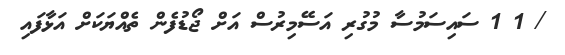
/ 1 1 ސައިސަމުސާ މުގުރި އަސޭމިރުސް އަށް ޖޯޑުފެން ތެއްޔަކަށް އަޅާފައި